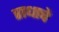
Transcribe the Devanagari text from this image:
राधाचे